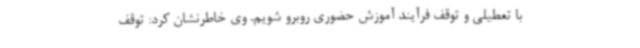
با تعطیلی و توقف فرآیند آموزش حضوری روبرو شویم. وی خاطرنشان کرد: توقف